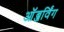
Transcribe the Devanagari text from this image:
ऑब्जर्विंग